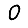
Digit: 0